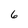
Character: 6